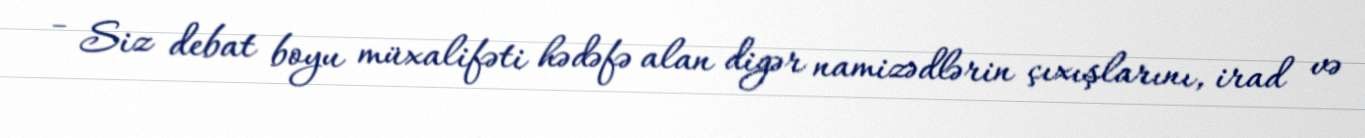
- Siz debat boyu müxalifəti hədəfə alan digər namizədlərin çıxışlarını, irad və